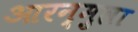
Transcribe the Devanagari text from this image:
आरन्मुला